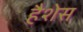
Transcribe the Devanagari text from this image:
हैशेस